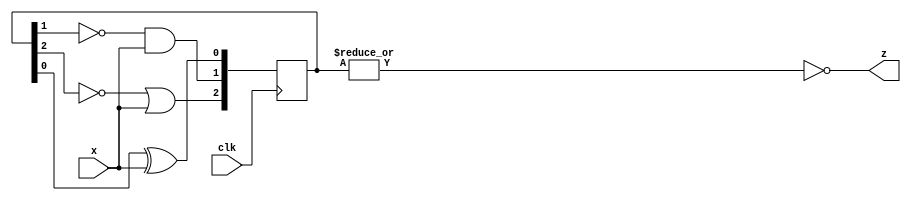
//
//
// https://hdlbits.01xz.net/wiki/Exams/ece241_2014_q4
//
//

`default_nettype none

module top_module (
    input   clk,
    input   x,
    output  z
);

    reg [2:0]   q_r;
    always @(posedge clk) begin
        q_r <= {~q_r[2] | x, ~q_r[1] & x, q_r[0] ^ x};
    end

    assign z = ~|q_r;

endmodule